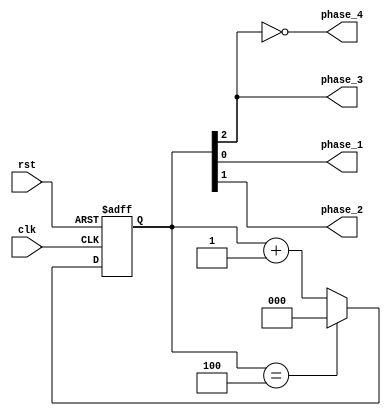
module multi_phase_clock_divider (
  input wire clk,
  input wire rst,
  output wire phase_1,
  output wire phase_2,
  output wire phase_3,
  output wire phase_4
);

reg [2:0] count;

always @(posedge clk or posedge rst) begin
  if (rst) begin
    count <= 3'b000;
  end else begin
    if (count == 3'b100) begin
      count <= 3'b000;
    end else begin
      count <= count + 1;
    end
  end
end

assign phase_1 = count[0];
assign phase_2 = count[1];
assign phase_3 = count[2];
assign phase_4 = ~count[2];

endmodule